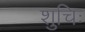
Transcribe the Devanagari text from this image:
शुचिः